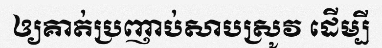
ឲ្យគាត់ប្រញាប់សាបស្រូវ ដើម្បី